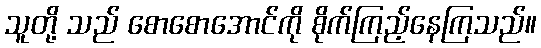
သူတို့ သည် စောစောအောင်ကို စိုက်ကြည့်နေကြသည်။